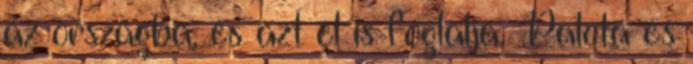
az országba, és azt el is foglalja. Palota és